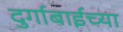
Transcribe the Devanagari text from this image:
दुर्गाबाईच्या